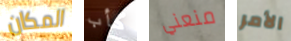
المكان كأب منعني الأمر